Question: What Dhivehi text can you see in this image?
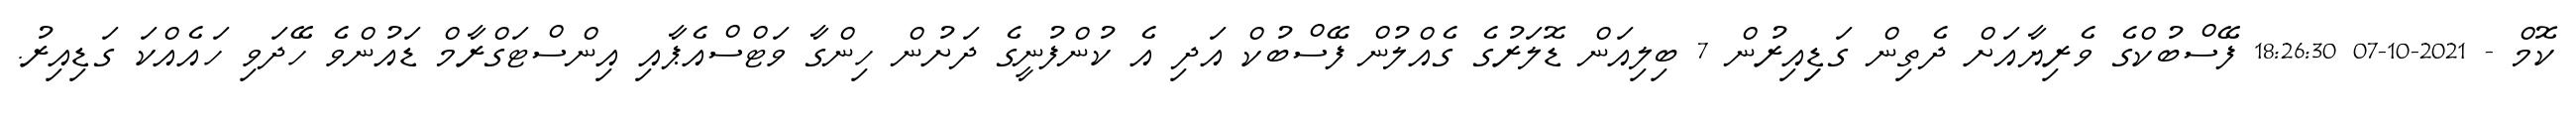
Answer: ކޮމް - 2021-10-07 18:26:30 ފޭސްބުކްގެ ވެރިޔާއަށް ދެތިން ގަޑިިއިރުން 7 ބިލިއަން ޑޮލަރުގެ ގެއްލުން ފޭސްބުކް އަދި އެ ކުންފުނީގެ ދަށުން ހިންގާ ވަޓްސްއެޕާއި އިންސްޓަގްރާމް ޑައުންވެ ހޭދަވި ހައެއްކަ ގަޑިއިރު.